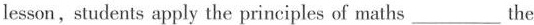
lesson, students apply the principles of maths ___ the